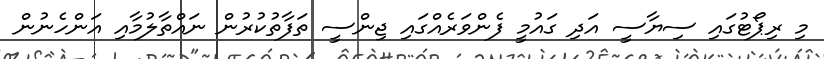
މި ރިޕޯޓުގައި ސިޔާސީ އަދި ގައުމީ ފެންވަރެއްގައި ޖިންސީ ތަފާތުކުރުން ނައްތާލުމާއި އަންހެނުން